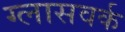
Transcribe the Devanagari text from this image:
ग्लासवर्क